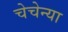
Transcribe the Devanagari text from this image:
चेचेन्या